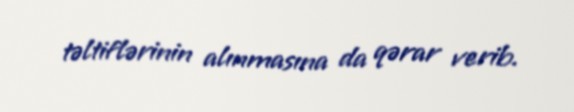
təltiflərinin alınmasına da qərar verib.